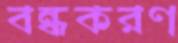
বন্ধকরণ